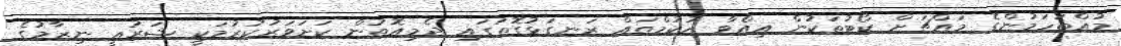
މުއްތަހަމުންގެ މައްޗަށް ކޯޓުތަކުން އިއްވާ ޙުކުމްތައް ރަނގަޅުގޮތުގައި ދެމިއޮތުން ކަށަވަރުކުރުމަކީ ޝަރުޢީ ނިޒާމުގެ